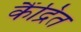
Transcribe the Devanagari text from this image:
कैंद्रित